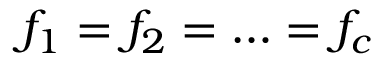
f _ { 1 } = f _ { 2 } = \ldots = f _ { c }